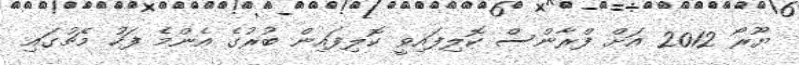
ޔޫރޯ 2012 އަށް ފްރާންސް ކޮލިފައިވީ ކޮލިފައިން ބުރުގެ އެންމެ ފަހު މެޗުގައި